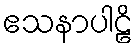
ဧသနာပါဠိ